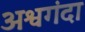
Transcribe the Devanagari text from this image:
अश्वगंदा